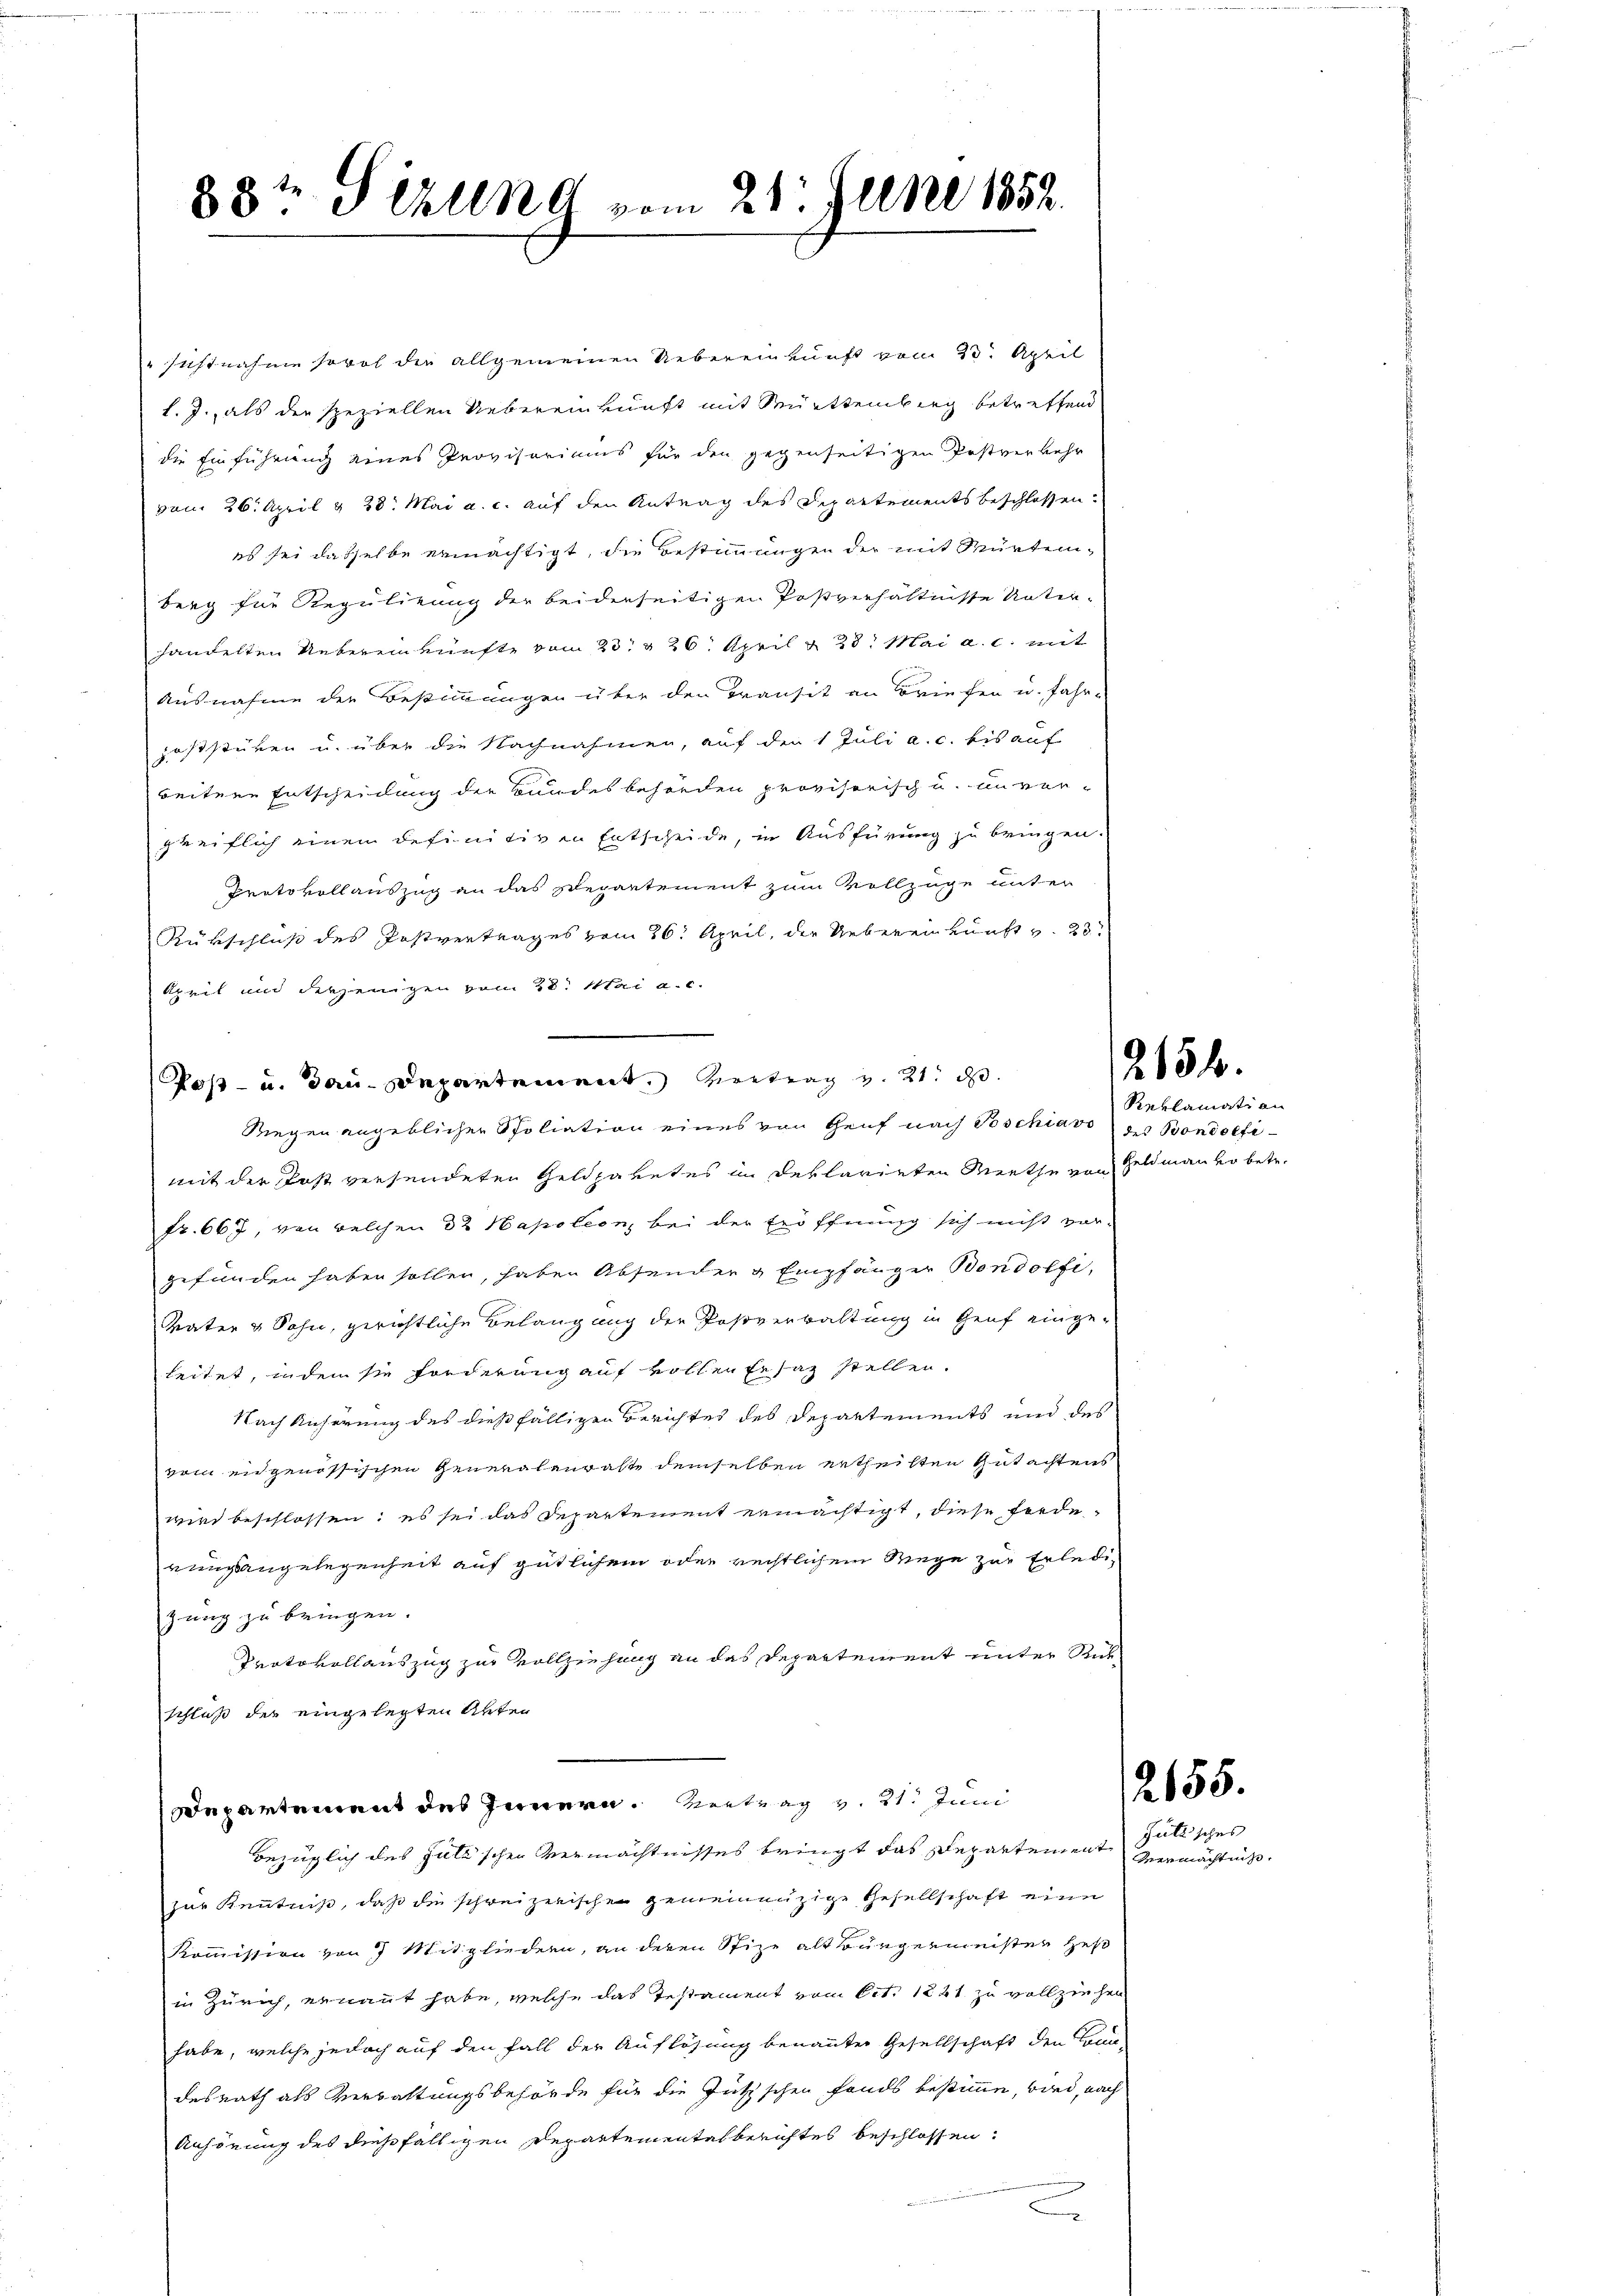
88t Sizung vom 21. Juni 1852.

sichtnahme sowol die allgemeinen Uebereinkunft vom 23. April
l. J., als der speziellen Uebereinkunft mit Württemberg betreffend
die Einführung eines Provisoriums für den gegenseitigen Postverkehr
vom 26. April & 28. Mai a. c. auf den Antrag des Departements beschlossen.
es sei dasselbe ermächtigt, die Bestimmungen der mit Würtemberg für Regulirung der beiderseitigen Postverhältnisse Unter-
handelten Uebereinkünfte vom 23. § 26. April & 23. Mai a. c. mit
Ausnahme der Bestimmungen über den Transit an Briefen u. fahr-
zoststüken u. über die Nachnahmen, auf der 1 Juli a. c. bis auf
beitere Entscheidung der Bundesbehörden provisorisch u. unver-
greiflich einem definitiven Entscheide, in Ausfürung zu bringen.
Protokollauszug an das Departement zum Vollzüge unter
Rükschluß des Postvertrages vom 26. April, der Uebereinkunft v. 23
kzeit und derjenigen vom 28. Mai a. c.
Riegen angeblichen Spoliation eines von Genf nach Voschiavo zu Bondoefimit der Post versendeten Geldparetes in declarirten Miethe von Geldmann vo betr.
Fr. 667, von welchen 22 Hapoleon, bei der Eröffnung sich nicht vor-
gefunden haben sollen, haben Absender & Empfänger Bondolfi,
Vater & Sohn, gerichtliche Belangung der Postverwaltung in Genf einge-
leitet, indem sie forderung auf vollen Ersaz stellen.
Nach Küferung des dießfälligen Berichtes des Departements und des
vom eidgenössischen Generalenratte demselben ertheilten Gutachtens
wird beschlossen: es sei das Departement ermächtigt, diese Forde
rungsangelegenheit auf gütlichem oder rechtlichem Wege zur Erledig
zung zu bringen.
Protokollauszug zur Vollziehung an das Departement unter Rückschluß der eingelegten Unter
Departement des Innern. Vertrag v. 21. Juni
bezüglich des Julischen Vermächtnisses bringt das Departement
zur Kenntniß, daß die schweizerischen gemeinnüzige Gesellschaft eine
Kommission von 7 Mitgliedern, an deren Stize alt Burgermeister Heß
in Zürich, ernannt habe, welche das Testament vom Oct. 1241 zu vollziehen
habe, welche jedoch auf den Fall der Auflösung benannter Gesellschaft den Trau-
desrath als Verwaltungsbehörde für die Jusischen fands bestimme, wird, nach
Anhörung des dießfälligen Departementel berichtes beschlossen:
.

Post- u. Jan. Departement. Vertrag v. 21. d.

215 f.

Reklamati an

2655.
Jultisches

Vermächtnis.